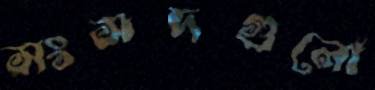
সংসদগুলো